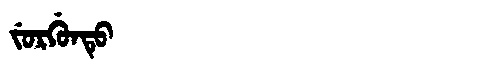
Manchu: ᠵᡠᡵᡤᡠᠨᡨᡠ
Romanization: JURGUNTU